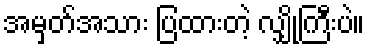
အမှတ်အသား ပြထားတဲ့ လျှိုကြီးပဲ။